Civil Veterinary Dept. North-West Frontier Province 1933-46 - 1933-1946
Year: 1933
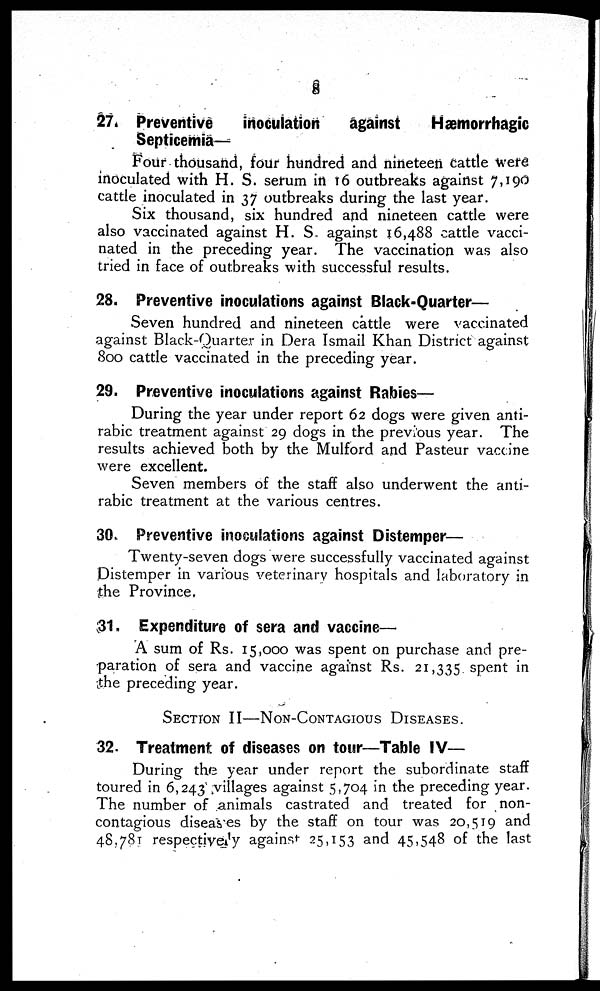
8
27. Preventive
inoculation
against
Hæmorrhagic
Septicemia—
Four thousand, four hundred and nineteen cattle were
inoculated with H. S. serum in 16 outbreaks against 7,190
cattle inoculated in 37 outbreaks during the last year.
Six thousand, six hundred and nineteen cattle were
also vaccinated against H. S. against 16,488 cattle vacci-
nated in the preceding year. The vaccination was also
tried in face of outbreaks with successful results.
28. Preventive inoculations against Black-Quarter—
Seven hundred and nineteen cattle were vaccinated
against Black-Quarter in Dera Ismail Khan District against
800 cattle vaccinated in the preceding year.
29. Preventive inoculations against Rabies—
During the year under report 62 dogs were given anti-
rabic treatment against 29 dogs in the previous year. The
results achieved both by the Mulford and Pasteur vaccine
were excellent.
Seven members of the staff also underwent the anti-
rabic treatment at the various centres.
30. Preventive inoculations against Distemper—
Twenty-seven dogs were successfully vaccinated against
Distemper in various veterinary hospitals and laboratory in
the Province,
31. Expenditure of sera and vaccine—
A sum of Rs. 15,000 was spent on purchase and pre-
paration of sera and vaccine against Rs. 21,335 spent in
the preceding year.
SECTION II—NON-CONTAGIOUS DISEASES.
32. Treatment of diseases on tour—Table IV—
During the year under report the subordinate staff
toured in 6,243 villages against 5,704 in the preceding year.
The number of animals castrated and treated for non-
contagious diseases by the staff on tour was 20,519 and
48,781 respectively against 25,153 and 45,548 of the last